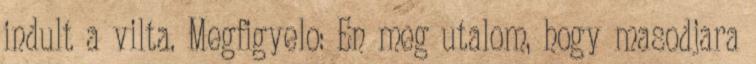
indult a vilta. Megfigyelo: En meg utalom, hogy masodjara